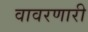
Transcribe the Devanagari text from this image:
वावरणारी